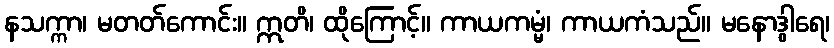
နသက္ကာ၊ မတတ်ကောင်း။ ဣတိ၊ ထိုကြောင့်။ ကာယကမ္မံ၊ ကာယကံသည်။ မနောဒွါရေ၊